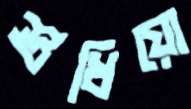
শুধিয়ো